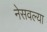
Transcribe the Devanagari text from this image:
नेसवल्या